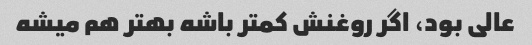
عالی بود، اگر روغنش کمتر باشه بهتر هم میشه